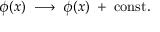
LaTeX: \phi ( x ) \; \longrightarrow \; \phi ( x ) \; + \; \mathrm { c o n s t } .